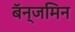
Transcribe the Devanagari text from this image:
बॅन्जमिन